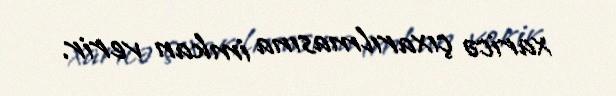
xaricə çıxarılmasına imkan verir.